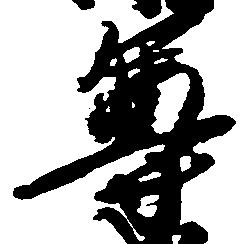
尊